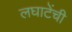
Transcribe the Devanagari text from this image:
लघाटेंची